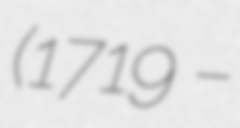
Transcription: (1719 –